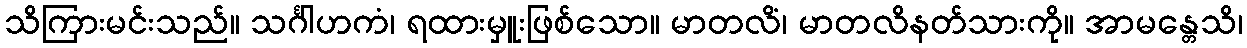
သိကြားမင်းသည်။ သင်္ဂါဟကံ၊ ရထားမှူးဖြစ်သော။ မာတလိံ၊ မာတလိနတ်သားကို။ အာမန္တေသိ၊